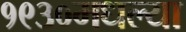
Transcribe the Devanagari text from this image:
१९३०मधल्या